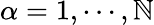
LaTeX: \alpha=1,\cdots,\mathbb{N}